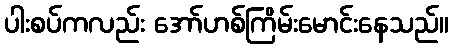
ပါးစပ်ကလည်း အော်ဟစ်ကြိမ်းမောင်းနေသည်။